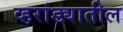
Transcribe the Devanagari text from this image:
व्हरांड्यातील